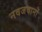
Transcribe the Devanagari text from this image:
नवजवानों